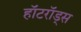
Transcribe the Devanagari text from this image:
हॉटरॉड्स